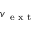
\ensuremath { v _ { \mathrm { ~ e ~ x ~ t ~ } } }